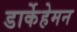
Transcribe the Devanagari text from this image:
डार्केहेमन